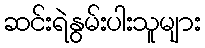
ဆင်းရဲနွမ်းပါးသူများ